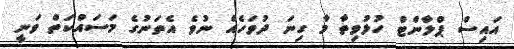
އައިސް ޕްލާންޓް ހުޅުވިތާ މާ ގިނަ ދުވަހެއް ނުވެ އެތަނުގެ މަސައްކަތް ވަނީ